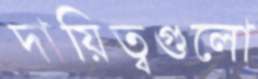
দায়িত্বগুলো